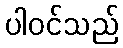
ပါဝင်သည်